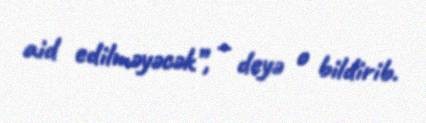
aid edilməyəcək”, – deyə o bildirib.